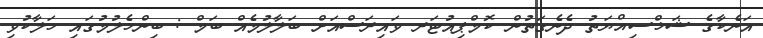
އަނެކާގެ ޝަޚްސިއްޔަތު ދެނެގަތުން ކޮމްޕިއުޓަރ ވައިރަސްއަށް ބަލާލުމެއް ބަމް : ބިންހެލުމުގައި ހަލާކުވި